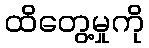
ထိတွေ့မှုကို